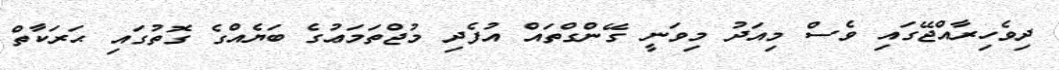
ދިވެހިރާއްޖޭގައި ވެސް މިއަދު މިވަނީ ގޭންގްތައް އުފެދި މުޖްތަމަޢުގެ ބަޔެއްގެ ގޮތުގައި ޙަރަކާތް